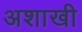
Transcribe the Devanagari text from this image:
अशाखी